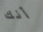
أنك